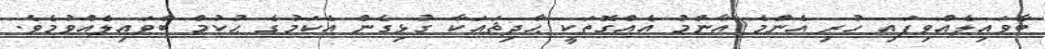
ބާވައިލެއްވިފައި ހުރި އެންމެ އާންމު އެއްގޮތަކީ ޙާދިޘައަކާ ގުޅިގެން އެކަމުގެ ޙުކުމް ބާވައިލެއްވުމެވެ.